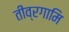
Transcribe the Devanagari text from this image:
तीव्रगामि